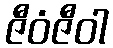
ဇီဝံဇီဝါ